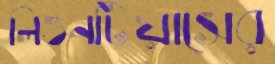
লিওনটিয়াসের